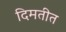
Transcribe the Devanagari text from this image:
दिमतीत